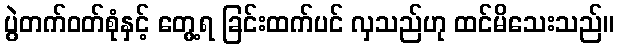
ပွဲတက်ဝတ်စုံနှင့် တွေ့ရ ခြင်းထက်ပင် လှသည်ဟု ထင်မိသေးသည်။